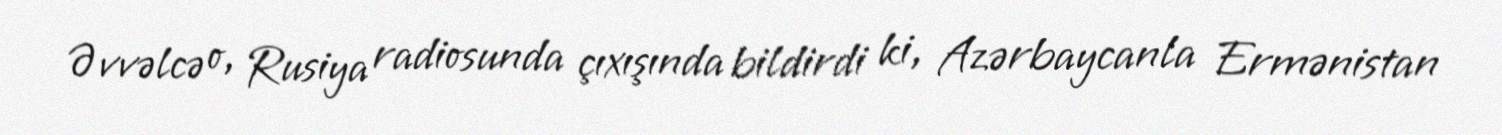
Əvvəlcə o, Rusiya radiosunda çıxışında bildirdi ki, Azərbaycanla Ermənistan